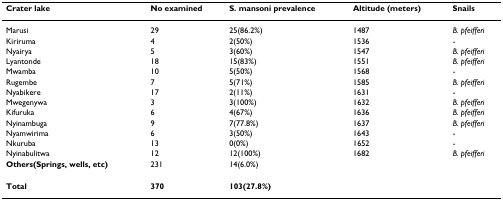
<table><thead><tr><td><b>Crater lake</b></td><td><b>No examined</b></td><td><b>S. mansoni prevalence</b></td><td><b>Altitude (meters)</b></td><td><b>Snails</b></td></tr></thead><tbody><tr><td>Marusi</td><td>29</td><td>25(86.2%)</td><td>1487</td><td><i>B. pfeifferi</i></td></tr><tr><td>Kiriruma</td><td>4</td><td>2(50%)</td><td>1536</td><td>-</td></tr><tr><td>Nyairya</td><td>5</td><td>3(60%)</td><td>1547</td><td><i>B. pfeifferi</i></td></tr><tr><td>Lyantonde</td><td>18</td><td>15(83%)</td><td>1551</td><td><i>B. pfeifferi</i></td></tr><tr><td>Mwamba</td><td>10</td><td>5(50%)</td><td>1568</td><td>-</td></tr><tr><td>Rugembe</td><td>7</td><td>5(71%)</td><td>1585</td><td><i>B. pfeifferi</i></td></tr><tr><td>Nyabikere</td><td>17</td><td>2(11%)</td><td>1631</td><td>-</td></tr><tr><td>Mwegenywa</td><td>3</td><td>3(100%)</td><td>1632</td><td><i>B. pfeifferi</i></td></tr><tr><td>Kifuruka</td><td>6</td><td>4(67%)</td><td>1636</td><td><i>B. pfeifferi</i></td></tr><tr><td>Nyinambuga</td><td>9</td><td>7(77.8%)</td><td>1637</td><td><i>B. pfeifferi</i></td></tr><tr><td>Nyamwirima</td><td>6</td><td>3(50%)</td><td>1643</td><td>-</td></tr><tr><td>Nkuruba</td><td>13</td><td>0(0%)</td><td>1652</td><td>-</td></tr><tr><td>Nyinabulitwa</td><td>12</td><td>12(100%)</td><td>1682</td><td><i>B. pfeifferi</i></td></tr><tr><td><b>Others(Springs, wells, etc)</b></td><td>231</td><td>14(6.0%)</td><td></td><td></td></tr><tr><td><b>Total</b></td><td><b>370</b></td><td><b>103(27.8%)</b></td><td></td><td></td></tr></tbody></table>